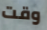
وقت